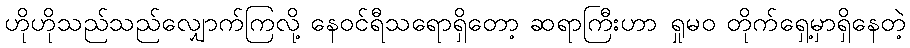
ဟိုဟိုသည်သည်လျှောက်ကြလို့ နေဝင်ရီသရောရှိတော့ ဆရာကြီးဟာ ရှုမဝ တိုက်ရှေ့မှာရှိနေတဲ့